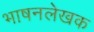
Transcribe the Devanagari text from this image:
भाषनलेखक